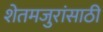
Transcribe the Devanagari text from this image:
शेतमजुरांसाठी